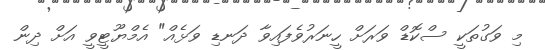
މި ވަގުތަކީ ސްކޮޑް ވަރަށް ހީނަރުވެފައިވާ ދަނޑި ވަޅެއް" އެމްޔޫޓީވީ އަށް ދިން